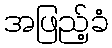
အဖြည့်ခံ